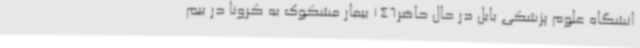
انشگاه علوم پزشکی بابل در حال حاضر146 بیمار مشکوک به کرونا در بیم